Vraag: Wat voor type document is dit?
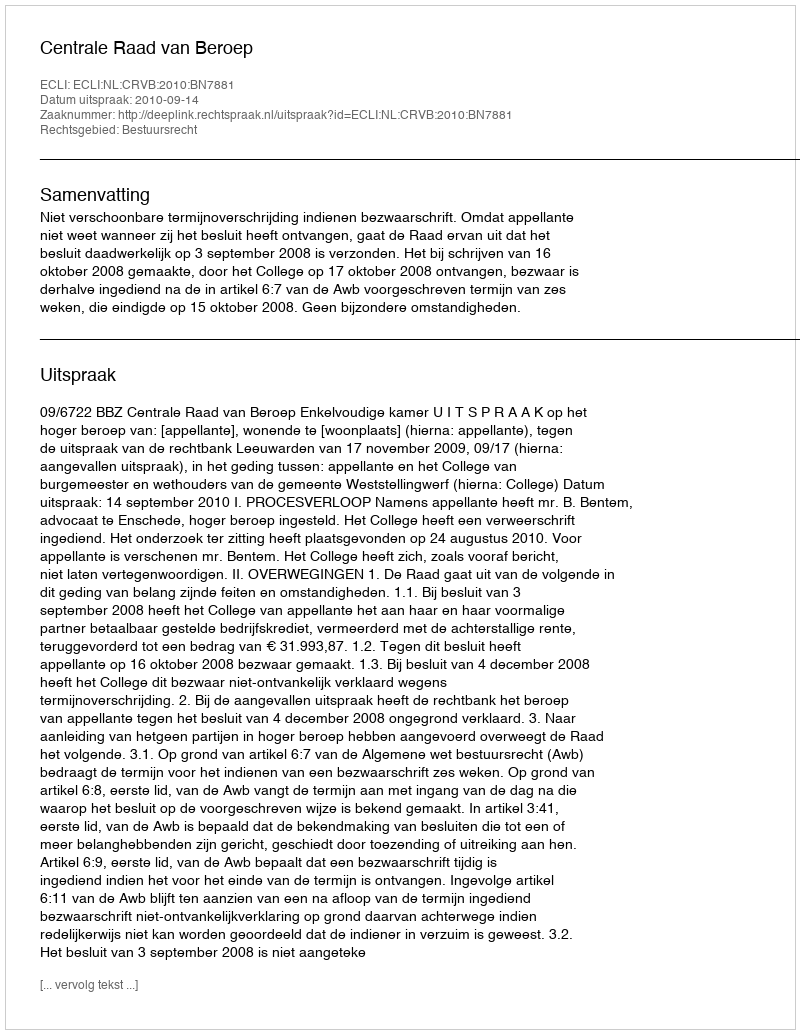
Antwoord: Uitspraak